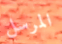
المرسل